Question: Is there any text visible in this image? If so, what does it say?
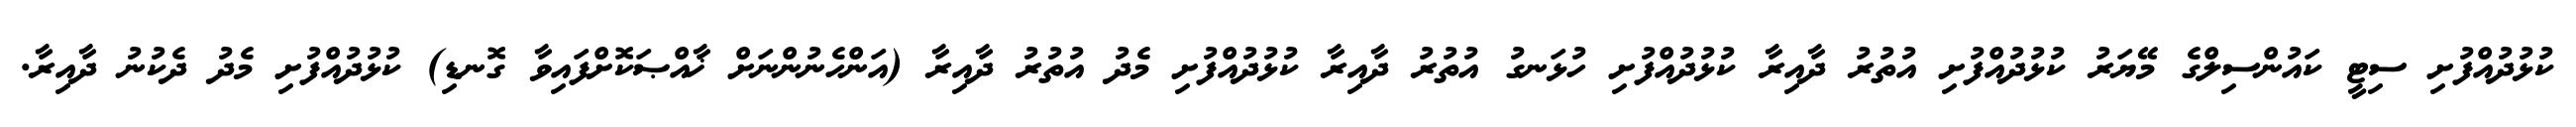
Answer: ކުޅުދުއްފުށި ސިޓީ ކައުންސިލްގެ މޭޔަރު ކުޅުދުއްފުށި އުތުރު ދާއިރާ ކުޅުދުއްފުށި ހުޅަނގު އުތުރު ދާއިރާ ކުޅުދުއްފުށި މެދު އުތުރު ދާއިރާ (އަންހެނުންނަށް ޚާއްޞަކޮށްފައިވާ ގޮނޑި) ކުޅުދުއްފުށި މެދު ދެކުނު ދާއިރާ.